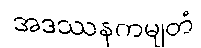
အဒဿနကမျတံ